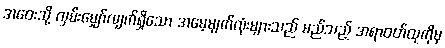
အဝေးသို့ လှမ်းမျှော်လျက်ရှိသော အမေ့မျက်လုံးများသည် မည်သည့် အရာဝတ်ထုကိုမှ